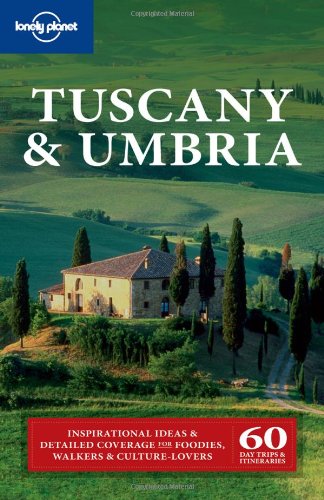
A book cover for Lonely Planet Tuscany & Umbria (Regional Travel Guide); Virginia Maxwell; Travel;